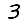
Digit: 3